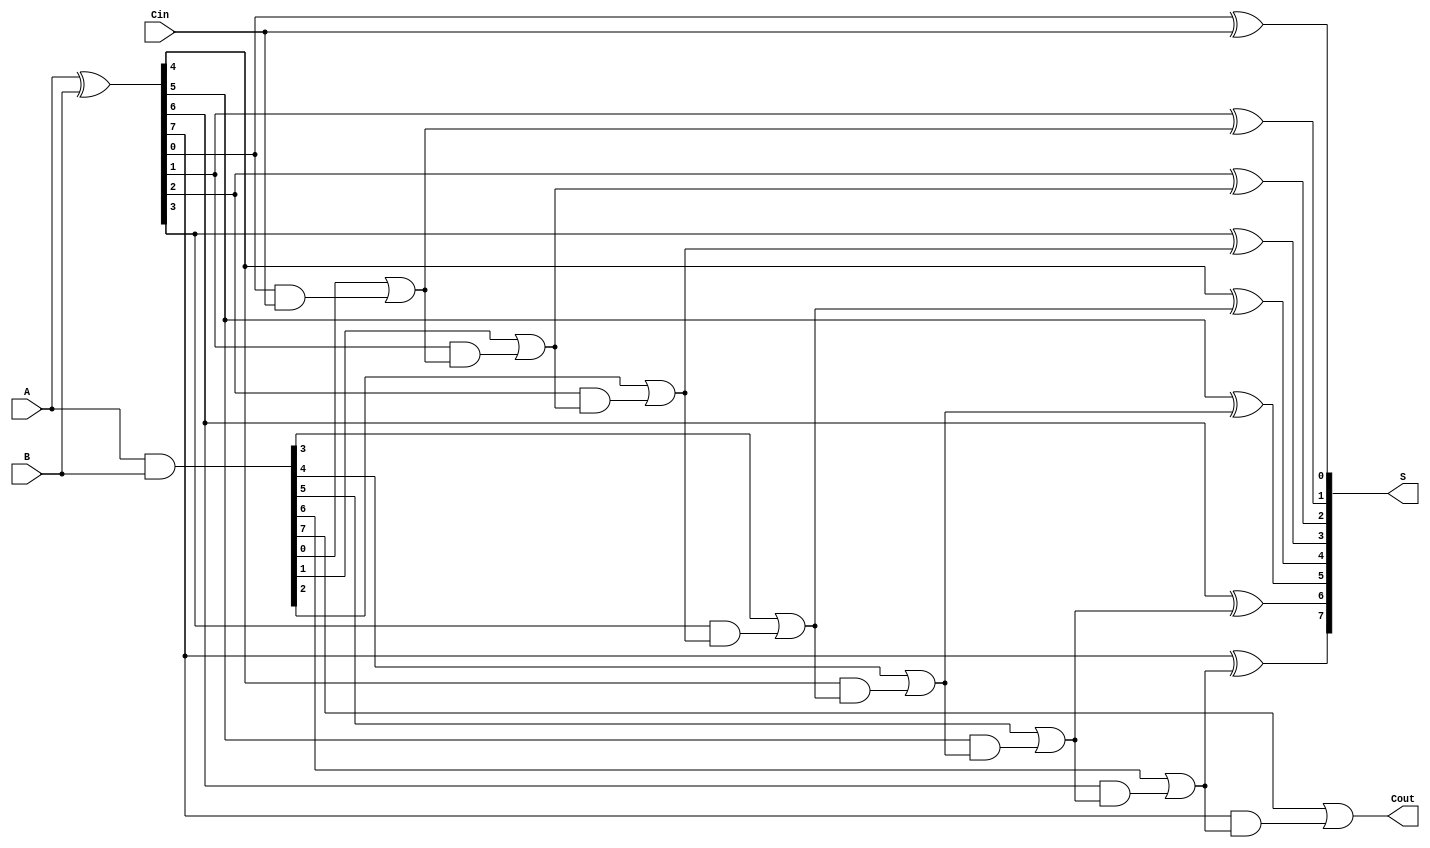
module PrecomputationCarryAdder #(parameter N = 8) (
    input  wire [N-1:0] A,       // First n-bit input
    input  wire [N-1:0] B,       // Second n-bit input
    input  wire Cin,              // Carry-in
    output wire [N-1:0] S,       // Sum output
    output wire Cout              // Carry-out
);
    // Internal signals for carry generation
    wire [N-1:0] G; // Generate signals
    wire [N-1:0] P; // Propagate signals
    wire [N:0] C;   // Carry bits

    // Generate and propagate signals
    assign G = A & B;               // G[i] = A[i] & B[i]
    assign P = A ^ B;               // P[i] = A[i] ^ B[i]

    // Carry generation
    assign C[0] = Cin;              // Initial carry
    genvar i;
    generate
        for (i = 1; i <= N; i = i + 1) begin : carry_generation
            assign C[i] = G[i-1] | (P[i-1] & C[i-1]); // C[i] = G[i-1] | (P[i-1] & C[i-1])
        end
    endgenerate

    // Sum calculation
    generate
        for (i = 0; i < N; i = i + 1) begin : sum_calculation
            assign S[i] = P[i] ^ C[i]; // S[i] = A[i] ^ B[i] ^ C[i]
        end
    endgenerate

    // Final carry-out
    assign Cout = C[N]; // Cout = C[n]

endmodule